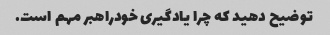
توضیح دهید که چرا یادگیری خودراهبر مهم است.